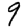
Digit: 9